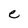
Character: e